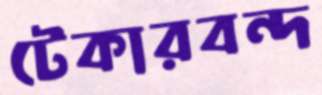
টেকারবন্দ